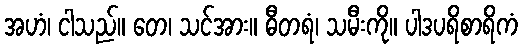
အဟံ၊ ငါသည်။ တေ၊ သင်အား။ ဓီတရံ၊ သမီးကို။ ပါဒပရိစာရိကံ